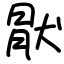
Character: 猒